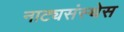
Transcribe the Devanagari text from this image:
नाट्यसंस्थेस